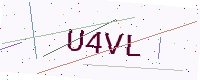
Text: U4VL